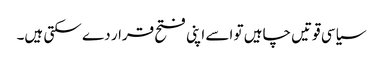
سیاسی قوتیں چاہیں تو اسے اپنی فتح قرار دے سکتی ہیں۔